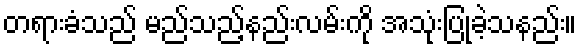
တရားခံသည် မည်သည့်နည်းလမ်းကို အသုံးပြုခဲ့သနည်း။